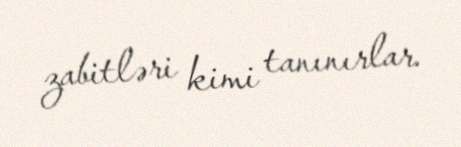
zabitləri kimi tanınırlar.